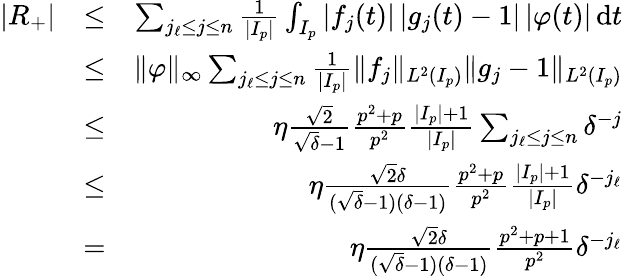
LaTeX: \begin{array}{rlr}{|R_{+}|}&{\leq}&{\sum_{j_{\ell}\leq j\leq n}\frac{1}{|I_{p}|}\int_{I_{p}}|f_{j}(t)|\, |g_{j}(t)-1|\, |\varphi(t)|\, \mathrm{d}t}\\ &{\leq}&{\| \varphi\| _{\infty}\sum_{j_{\ell}\leq j\leq n}\frac{1}{|I_{p}|}\| f_{j}\| _{L^{2}(I_{p})}\| g_{j}-1\| _{L^{2}(I_{p})}}\\ &{\leq}&{\eta\frac{\sqrt{2}}{\sqrt{\delta}-1}\frac{p^{2}+p}{p^{2}}\frac{|I_{p}|+1}{|I_{p}|}\sum_{j_{\ell}\leq j\leq n}\delta^{-j}}\\ &{\leq}&{\eta\frac{\sqrt{2}\delta}{(\sqrt{\delta}-1)(\delta-1)}\frac{p^{2}+p}{p^{2}}\frac{|I_{p}|+1}{|I_{p}|}\delta^{-j_{\ell}}}\\ &{=}&{\eta\frac{\sqrt{2}\delta}{(\sqrt{\delta}-1)(\delta-1)}\frac{p^{2}+p+1}{p^{2}}\delta^{-j_{\ell}}}\end{array}